Report on vaccination in the Province of Bengal - 1874-1889
Year: 1874
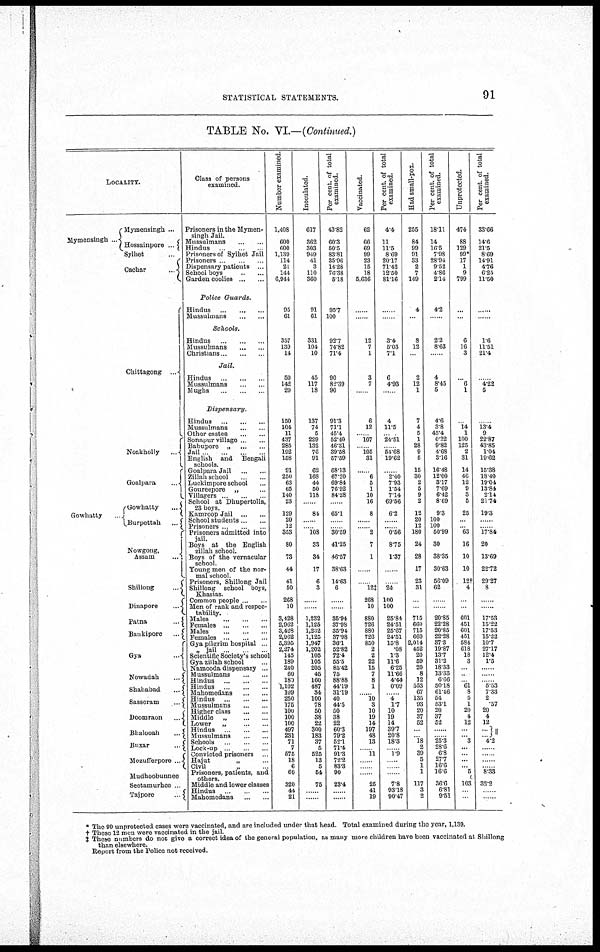
STATISTICAL STATEMENTS.
91
TABLE No. VI.—(Continued.)
LOCALITY.
Mymensingh ...
Mymensingh ...
Hossainpore ...
Sylhet ...
Cachar
...
Chittagong
...
Noakholly ...
Goalpara
...
Gowhatty ...
Gowhatty
...
Burpettah
...
Nowgong,
Assam
...
Shillong
...
Dinapore
...
Patna
...
Bankipore
...
Gya
...
Nowadah
...
Shahabad
...
Sasseram
...
Doomraon
...
Bhalooah
...
Buxar
...
Mozufferpore ...
Mudhoobunnee
Seetamurhee ...
Tajpore
...
Class of persons
examined.
Prisoners in the Mymen-
singh Jail.
Mussulmans
...
...
Hindus
...
...
...
Prisoners of Sylhet Jail
Prisoners ... ... ...
Dispensary patients ...
School boys
...
...
Garden coolies ... ...
Police Guards.
Hindus
...
...
...
Mussulmans
...
...
Schools.
Hindus
...
...
...
Mussulmans
...
...
Christians ... ... ...
Jail.
Hindus
...
...
...
Mussulmans
...
...
Hughs
...
...
...
Dispensary.
Hindus
...
...
...
Mussulmans
...
...
Other castes
...
...
Sonapur village ... ...
Babupore „ ... ...
Jail ... ... ... ...
English and Bengali
schools.
Goalpara Jail
...
...
Zillah school
...
...
Luckimpore school ...
Goureepore „ ...
Villagers ... ... ...
School at Dhupertolla,
23 boys.
Kamroop Jail ... ...
School students ... ...
Prisoners ... ... ...
Prisoners admitted into
jail.
Boys at the English
zillah school.
Boys of the vernacular
school.
Young men of the nor-
mal school.
Prisoners, Shillong Jail
Shillong school boys,
Khasias.
Common people ... ...
Men of rank and respec-
tability.
Males
...
...
...
Females ... ... ...
Males
...
...
...
Females ... ... ...
Gya pilgrim hospital ...
„ jail ... ... ...
Scientific Society's school
Gya zillah school ...
Namooda dispensary ...
Mussulmans
...
...
Hindus
...
...
...
Hindus
...
...
...
Mahomedans
...
...
Hindus
...
...
...
Mussulmans
...
...
Higher class
...
...
Middle „
...
...
Lower
„
...
...
Hindus
...
...
...
Mussulmans
...
...
Schools
...
...
...
Lock-up ... ... ...
Convicted prisoners ...
Hajut
„ ...
Civil
„
...
Prisoners, patients, and
others.
Middle and lower classes
Hindus
...
...
...
Mahomedans
...
...
Number examined.
1,408
600
600
1,139
114
21
144
6,944
95
61
357
139
14
50
142
20
150
104
11
437
285
192
158
91
250
63
65
140
23
129
20
12
353
80
78
44
41
50
268
10
3,428
2,962
3,428
2,962
5,395
2,274
145
189
240
60
180
1,102
109
250
175
100
100
100
497
231
71
7
575
18
6
60
320
44
21
Inoculated.
617
362
303
949
41
3
110
360
91
61
331
104
10
45
117
18
137
74
5
229
132
76
91
62
168
44
50
118
......
84
......
......
108
33
34
17
6
3
......
......
1,232
1,125
1,232
1,125
1,947
1,202
105
105
205
45
160
487
34
100
78
50
38
22
300
183
37
5
525
13
5
54
75
......
......
Per cent. of total
examined.
43.82
60.3
50.5
83.81
35.96
14.28
76.38
5.18
95.7
100
92.7
74.82
71.4
90
82.39
90
91.3
71.1
45.4
52.40
46.31
39.58
57.59
68.13
67.20
69.84
76.92
84.28
......
65.1
......
......
30.59
41.25
46.57
38.63
14.63
6
......
......
35.94
37.98
35.94
37.98
36.1
52.82
72.4
55.5
85.42
75
88.88
44.19
31.19
40
44.5
50
38
22
60.3
79.2
52.1
71.4
91.3
72.2
83.3
90
23.4
......
......
Vaccinated.
62
66
69
99
23
15
18
5,636
......
......
12
7
1
3
7
......
6
12
......
107
......
105
31
......
6
5
1
10
16
8
......
......
2
7
1
......
......
12‡
268
10
880
726
880
726
850
2
2
22
15
7
8
1
......
10
3
10
19
14
197
48
13
......
11
......
......
......
25
41
19
Per cent. of total
examined.
4.4
11
11.5
8.69
20.17
71.42
12.50
81.16
......
......
3.4
5.03
7.1
6
4.93
......
4
11.5
......
24.51
......
54.68
19.62
2.40
7.93
1.54
7.14
69.56
6.2
......
......
0.56
8.75
1.37
......
......
24
100
100
25.84
24.51
25.67
24.51
15.8
.08
1.3
11.6
6.25
11.66
4.44
0.09
......
4
1.7
10
19
14
39.7
20.8
18.3
......
1.9
......
......
......
7.8
93.18
90.47
Had small-pox.
255
84
99
91
33
2
7
149
4
...
8
12
......
2
12
1
7
4
5
1
28
9
5
15
30
2
5
9
2
12
20
12
180
24
28
17
23
31
......
......
715
660
715
660
2,014
452
20
59
20
8
12
553
67
135
93
20
37
52
......
......
18
2
39
5
1
1
117
3
2
Per cent. of total
examined.
18.11
14
16.5
7.98
28.94
9.52
4.86
2.14
4.2
......
2.2
8.63
......
4
8.45
5
4.6
3.8
45.4
0.22
9.82
4.68
3.16
16.48
12.00
3.17
7.69
6.42
8.69
9.3
100
100
50.99
30
38.35
30.63
56.09
62
......
......
20.85
22.28
20.85
22.28
37.3
19.87
13.7
31.2
18.33
13.33
6.66
50.18
61.46
54
53.1
20
37
52
......
......
25.3
28.6
6.8
27.7
16.6
16.6
36.6
6.81
9.51
Unprotected.
474
88
129
99*
17
1
9
799
...
...
6
16
3
......
6
1
......
14 1
100
125
2
31
14
46
12
9
3
5
25
...
...
63
16
10
10
12†
4
...
...
601
451
601
451
584
618
18
3
......
......
......
61
8
5
1
20
4
12
......
......
3
...
...
...
...
5
103
...
...
Per cent. of total
examined.
33.66
14.6
21.5
8.69
14.91
4.76
6.25
11.50
......
......
1.6
11.51
21.4
......
4.22
5
......
13.4
9
22.87
43.85
1.04
19.62
15.38
18.40
19.04
13.84
2.14
21.74
19.3
17.84
20
13.69
22.72
29.27
8
......
17.53
15.22
17.53
15.22
10.7
27.17
12.4
1.5
5.53
7.33
2
.57
20
4
12
...
... ||
4.2
......
......
......
......
8.33
32.2
......
......
* The 99 unprotected cases were vaccinated, and are included under that head. Total examined during the year, 1,139.
† These 12 men were vaccinated in the jail.
‡ These numbers do not give a correct idea of the general population, as many more children have been vaccinated at Shillong
than elsewhere.
Report from the Police not received.